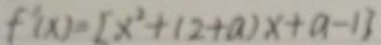
f ^ { \prime } ( x ) = [ x ^ { 2 } + 1 2 + a ) x + a - 1 ]